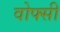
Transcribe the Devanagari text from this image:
वोफ्सी